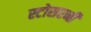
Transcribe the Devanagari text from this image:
स्टोसरनी